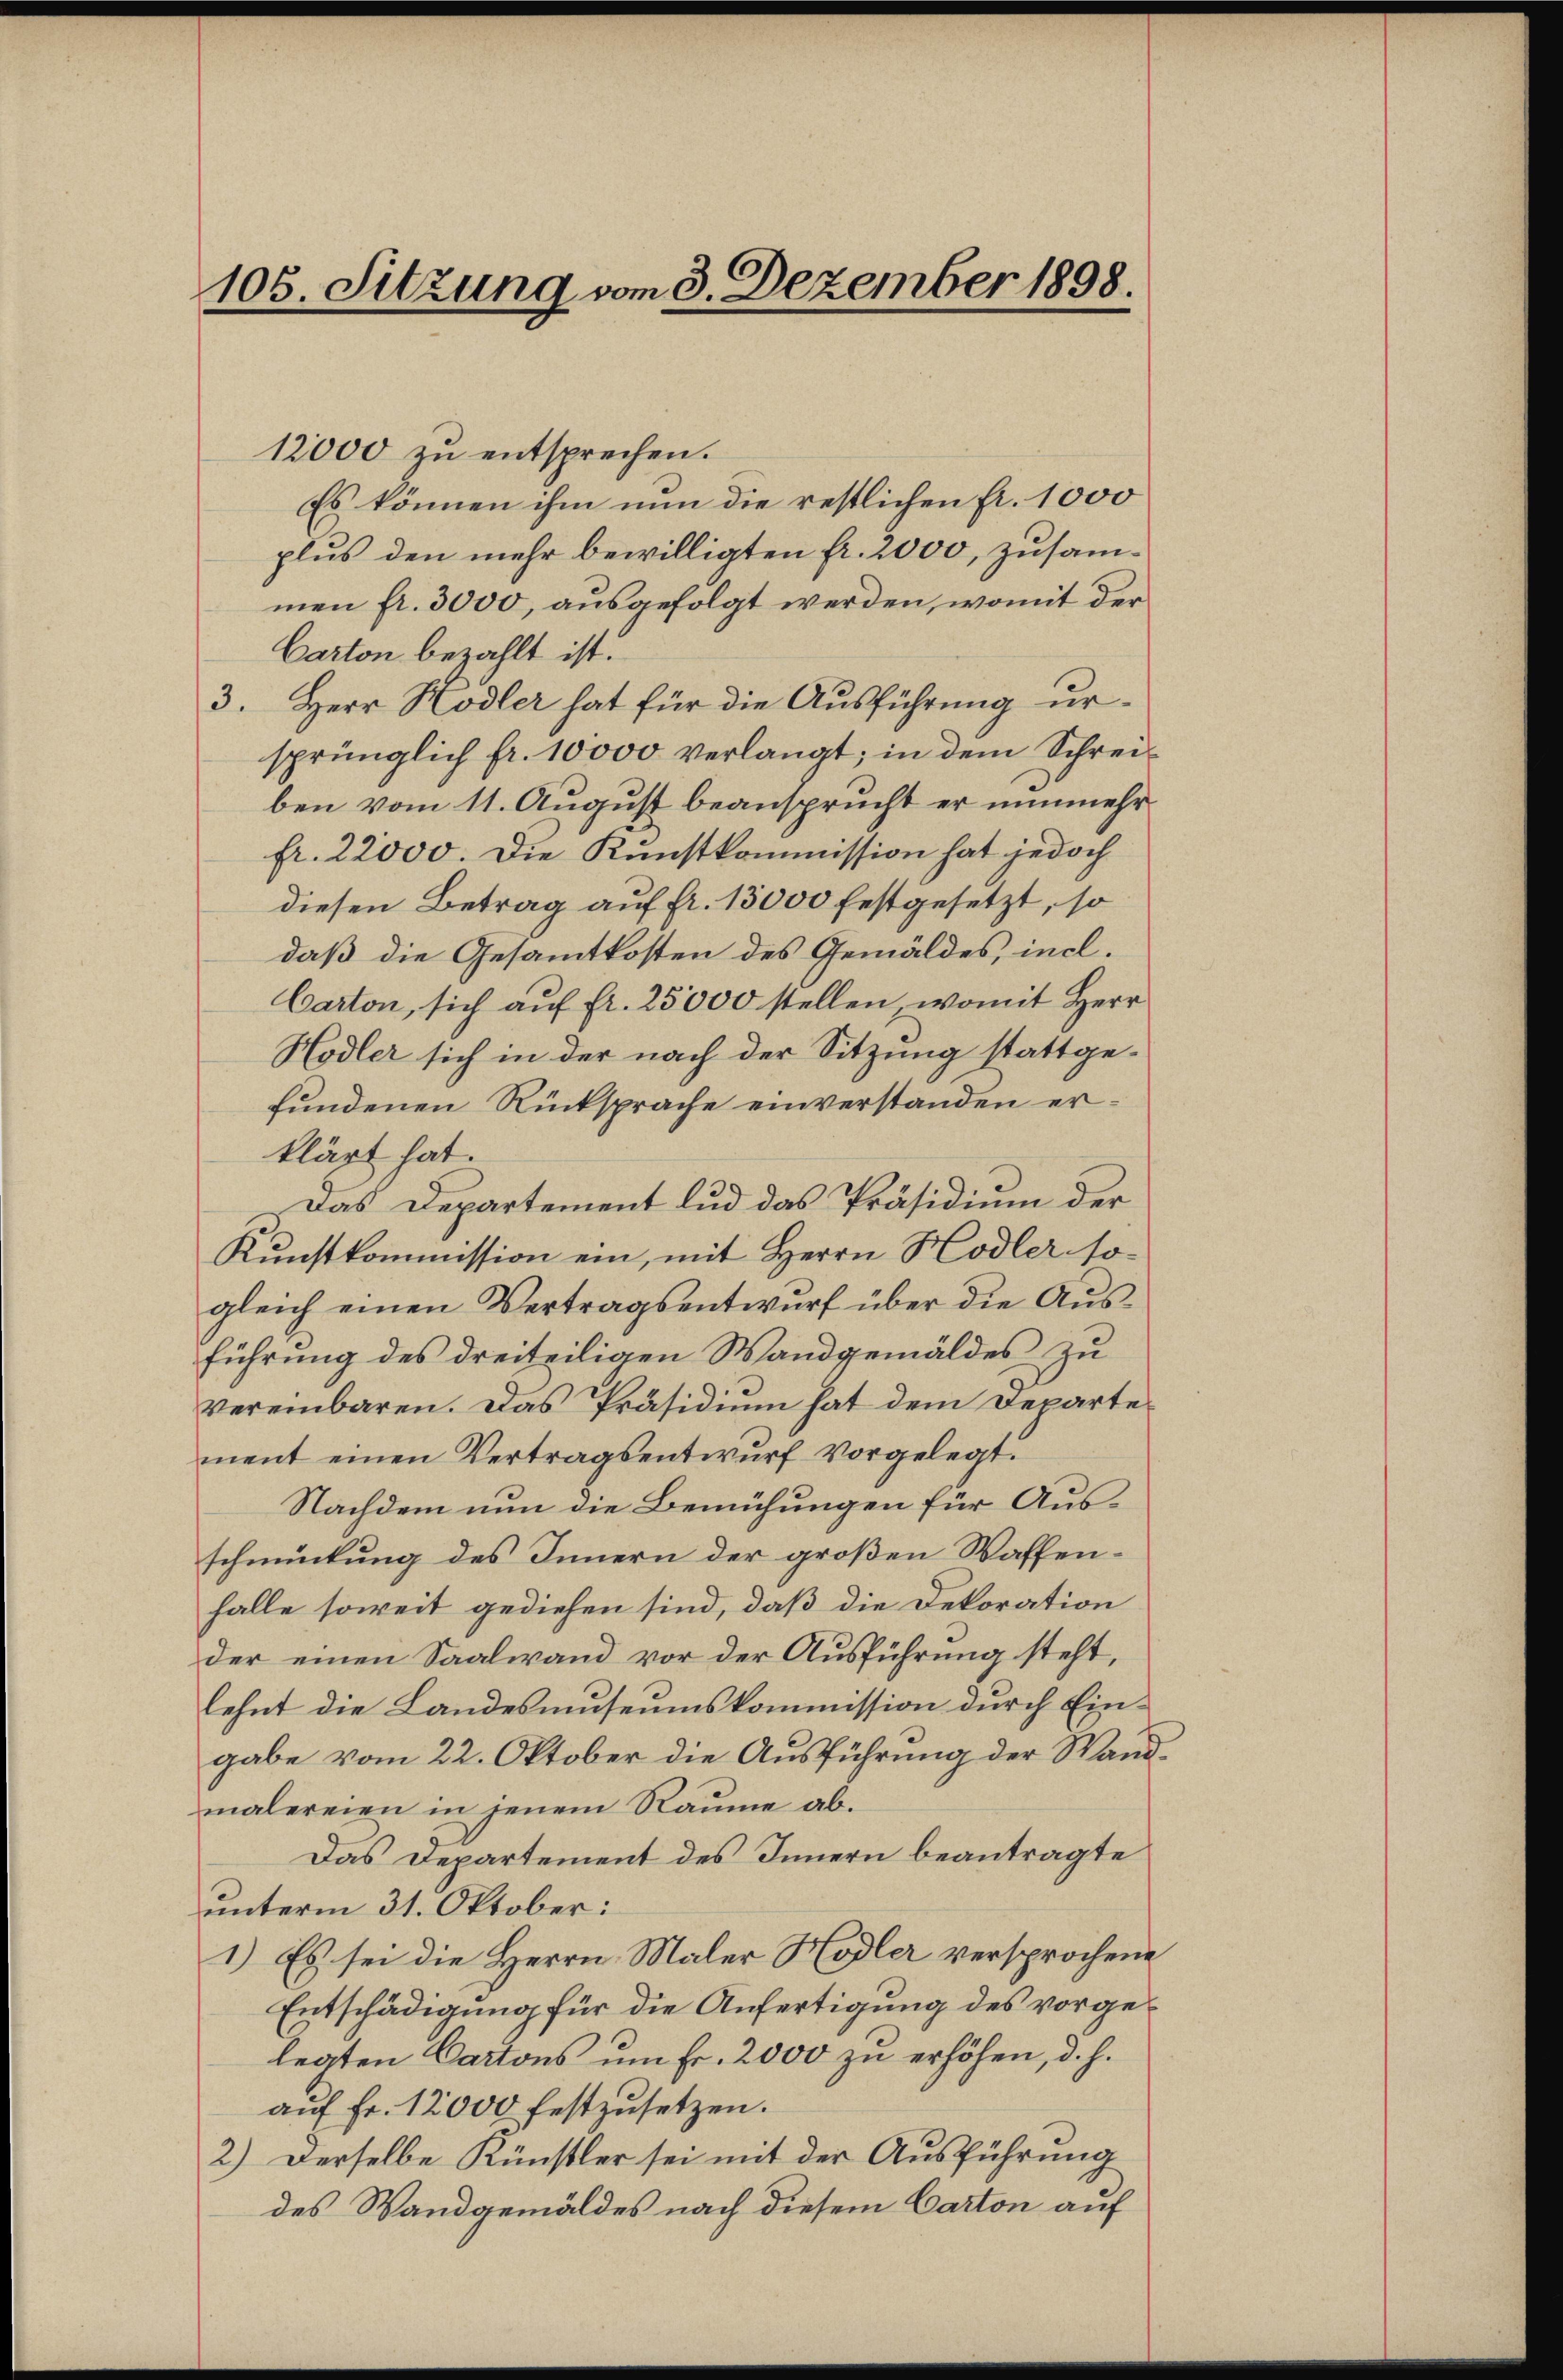
105. Sitzung vom 3. Dezember 1898.

12000 zu entsprechen.
Es können ihm nun die restlichen Fr. 1000
plus den mehr bewilligten fr. 2000, zusammen fr. 3000, ausgefolgt werden, womit der
Carton bezahlt ist.
3. Herr Hodler hat für die Ausführung ursprünglich fr. 10000 verlangt; in dem Schreiben vom 11. August beansprucht er nunmehr
fr. 22000. Die Kunstkommission hat jedoch
diesen Betrag auf fr. 13000 festgesetzt, so
daß die Gesammtkosten des Gemäldes, incl.
Carton, sich auf fr. 25000 stellen, womit Herr
Hodler sich in der nach der Sitzung stattgefundenen Rücksprache einverstanden erklärt hat.
Das Departement lud das Präsidium der
Kunstkommission ein, mit Herrn Hodler so-
gleich einen Vertragsentwŭrf über die Aŭs-
führung des dreiteiligen Wandgemäldes zu
vereinbaren. Das Präsidium hat dem Departement einen Vertragsentwurf vorgelegt.
Nachdem nun die Bemühungen für Ausschmückung des Innern der großen Waffenfalle soweit gediehen sind, daß die Dekoration
der einen Saalwand vor der Ausführung steht,
lehnt die Landesmuseumskommission durch Eingabe vom 22. Oktober die Ausführung der Wandmalereien in jenem Räume ab¬
Das Departement des Innern beantragte
unterm 31. Oktober:
1.) Es sei die Herrn Maler Hodler versprochene
Entschädigung für die Anfertigung des vorgelegten Cartons um Fr. 2000 zu erhöhen, d. h.
auf Fr. 12000 festzusetzen.
2.) Derselbe Künstler sei mit der Ausführung
des Wandgemäldes nach diesem Carton auf